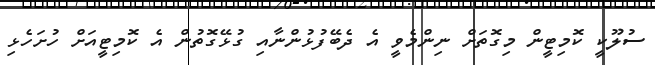
ސުލޫކީ ކޮމިޓީން މިގޮތަށް ނިންމެވީ އެ ދެބޭފުޅުންނާއި ގުޅޭގޮތުން އެ ކޮމިޓީއަށް ހުށަހެޅި